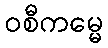
ဝစီကမ္မေ